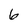
Character: 6